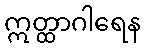
ဣတ္ထာဂါရေန